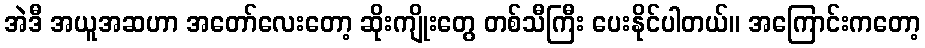
အဲဒီ အယူအဆဟာ အတော်လေးတော့ ဆိုးကျိုးတွေ တစ်သီကြီး ပေးနိုင်ပါတယ်။ အကြောင်းကတော့